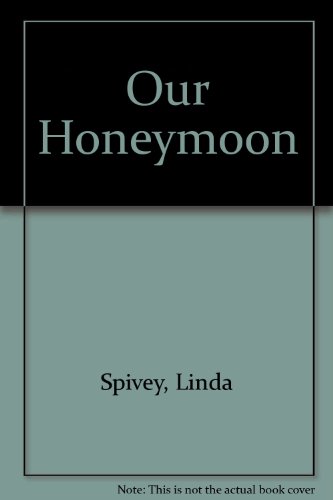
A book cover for Our Honeymoon; Linda Spivey; Crafts, Hobbies & Home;